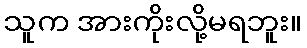
သူက အားကိုးလို့မရဘူး။